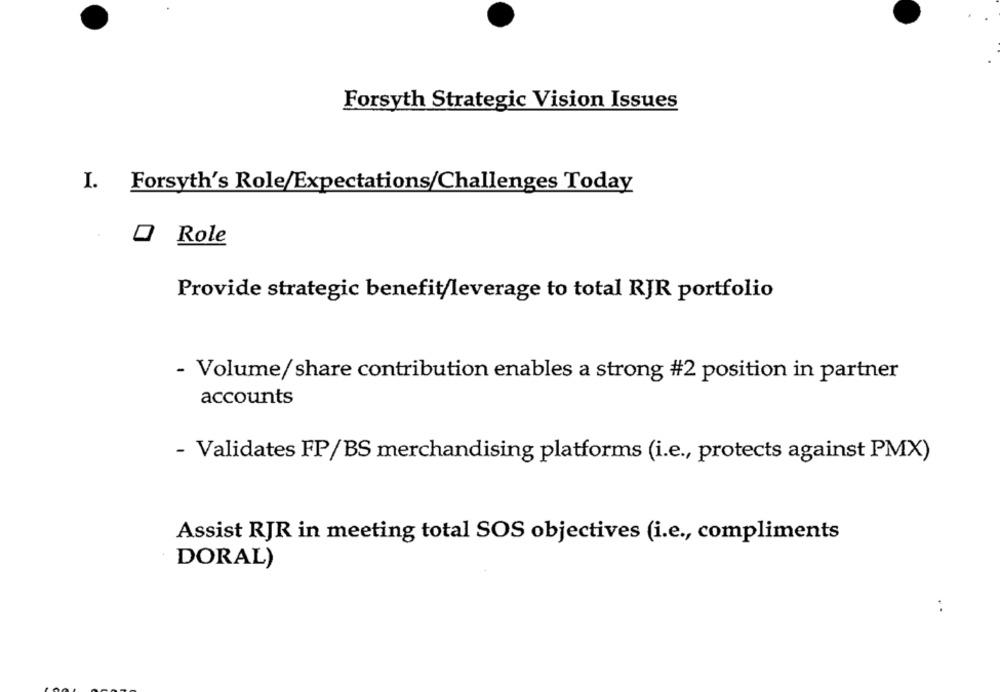
Forsyth Strategic Vision Issues
I. Forsyth's Role/Expectations/Challenges Today
Role
Provide strategic benefit/leverage to total RJR portfolio
- Volume/share contribution enables a strong #2 position in partner
accounts
- Validates FP/BS merchandising platforms (i.e ., protects against PMX)
Assist RJR in meeting total SOS objectives (i.e ., compliments
DORAL)
..